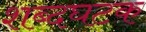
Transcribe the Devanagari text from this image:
शब्दघटक